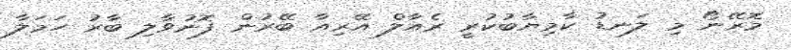
މޮރޭނޯ މި ލަނޑު ކާމިޔާބުކުރީ ރެއާލް އޭރިއާ ބޭރުން ފޮނުވާލި ބާރު ހަމަލާ